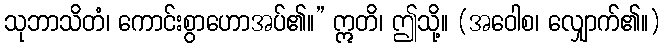
သုဘာသိတံ၊ ကောင်းစွာဟောအပ်၏။” ဣတိ၊ ဤသို့။ (အဝေါစ၊ လျှောက်၏။)